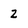
Character: 2